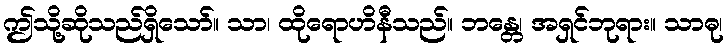
ဤသို့ဆိုသည်ရှိသော်။ သာ၊ ထိုရောဟိနီသည်။ ဘန္တေ၊ အရှင်ဘုရား။ သာဓု၊